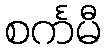
စင်္ကမီ